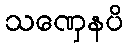
သဏှေနပိ